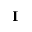
\mathbf { I }